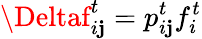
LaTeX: \Deltaf_{i\mathbf{j}}^{t}=p_{i\mathbf{j}}^{t}f_{i}^{t}